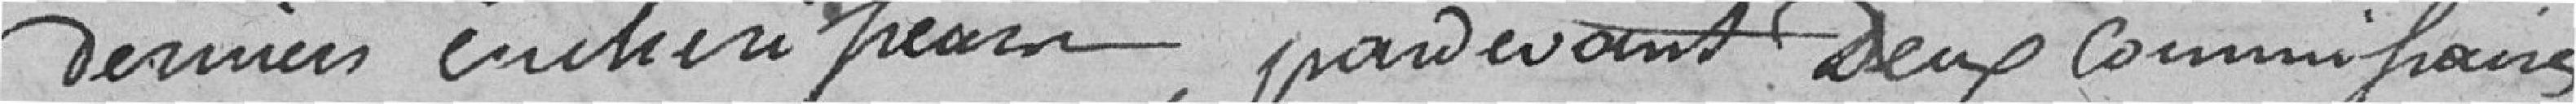
derniers enchérisseurs, par devant deux commissaires